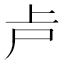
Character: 𠧕